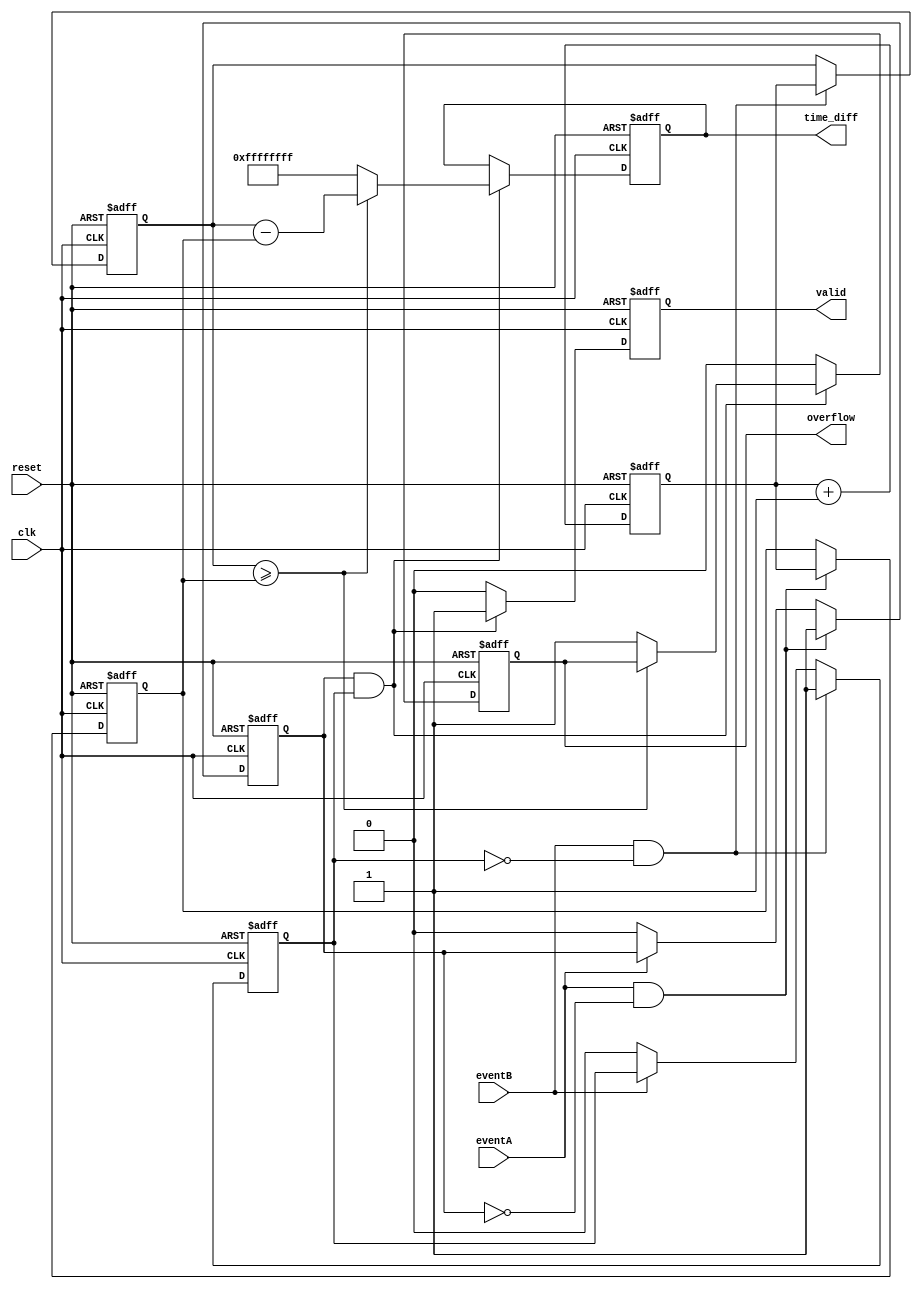
module TDC (
    input wire clk,          // Clock signal
    input wire reset,        // Reset signal
    input wire eventA,       // Event input A
    input wire eventB,       // Event input B
    output reg [31:0] time_diff, // Digital output for time difference
    output reg valid,        // Output signal indicating valid measurement
    output reg overflow      // Output signal indicating overflow
);

    // Internal signals
    reg [31:0] timestampA;   // Timestamp for event A
    reg [31:0] timestampB;   // Timestamp for event B
    reg [31:0] counter;       // Clock cycle counter
    reg eventA_detected;      // Flag to indicate event A detection
    reg eventB_detected;      // Flag to indicate event B detection

    // Handling reset condition
    always @(posedge clk or posedge reset) begin
        if (reset) begin
            counter <= 0;
            timestampA <= 0;
            timestampB <= 0;
            time_diff <= 0;
            valid <= 0;
            overflow <= 0;
            eventA_detected <= 0;
            eventB_detected <= 0;
        end else begin
            // Increment the counter on each clock cycle
            counter <= counter + 1;

            // Detect rising edge of eventA
            if (eventA && !eventA_detected) begin
                timestampA <= counter;
                eventA_detected <= 1; // Set the flag for event A
            end else if (!eventA) begin
                eventA_detected <= 0;  // Reset the flag if no longer active
            end

            // Detect rising edge of eventB
            if (eventB && !eventB_detected) begin
                timestampB <= counter;
                eventB_detected <= 1; // Set the flag for event B
            end else if (!eventB) begin
                eventB_detected <= 0;  // Reset the flag if no longer active
            end

            // Calculate time difference when both events are detected
            if (eventA_detected && eventB_detected) begin
                if (timestampB >= timestampA) begin
                    time_diff <= timestampB - timestampA;  // Normal case: eventB after eventA
                end else begin
                    time_diff <= 32'hFFFFFFFF; // Indicate overflow as eventB occurred before eventA
                    overflow <= 1; // Set overflow flag
                end
                valid <= 1; // Indicate valid measurement
            end else begin
                valid <= 0; // No valid measurement until both events are detected
                overflow <= 0; // Clear overflow flag
            end
        end
    end

endmodule